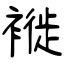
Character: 褷